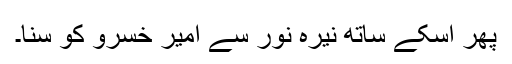
پھر اسکے ساتھ نیرہ نور سے امیر خسرو کو سنا۔